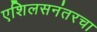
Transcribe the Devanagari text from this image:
एशिलसनंतरचा